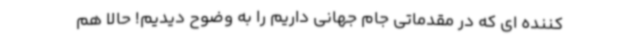
کننده ای که در مقدماتی جام جهانی داریم را به وضوح دیدیم! حالا هم